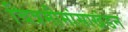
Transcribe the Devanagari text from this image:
चित्रमीमांसाखंडन